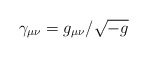
\begin{align*}\gamma_{\mu\nu} = g_{\mu\nu} / \sqrt{-g}\end{align*}